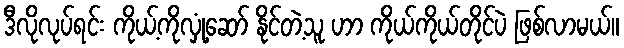
ဒီလိုလုပ်ရင်း ကိုယ့်ကိုလှုံ့ဆော် နိုင်တဲ့သူ ဟာ ကိုယ်ကိုယ်တိုင်ပဲ ဖြစ်လာမယ်။